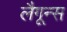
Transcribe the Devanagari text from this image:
लैगून्स